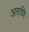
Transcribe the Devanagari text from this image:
अरुणि